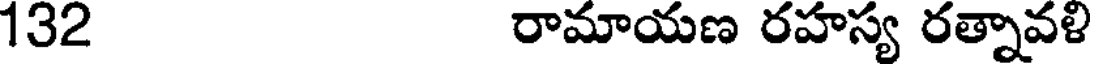
132 రామాయణ రహస్య రత్నావళి